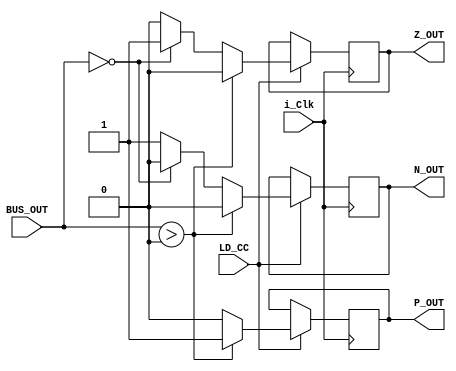
module NZP(input i_Clk,
           input LD_CC,
           input signed [15:0] BUS_OUT,
           output N_OUT,
           output Z_OUT,
           output P_OUT);

    reg N = 0;
    reg Z = 0;
    reg P = 0;

    always @(posedge i_Clk) 
        begin
            if (LD_CC) // if LD_CC is 1, update nzp regs
                begin
                    if (BUS_OUT > 0) 
                        begin
                            N <= 0;
                            Z <= 0;
                            P <= 1;
                        end
                    else if (BUS_OUT == 0)
                        begin
                            N <= 0;
                            Z <= 1;
                            P <= 0;
                        end
                    else
                        begin
                            N <= 1;
                            Z <= 0;
                            P <= 0;
                        end
                end
        end
    
    assign N_OUT = N;
    assign Z_OUT = Z;
    assign P_OUT = P;
    
endmodule